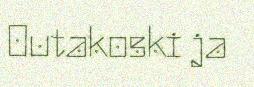
Outakoski ja